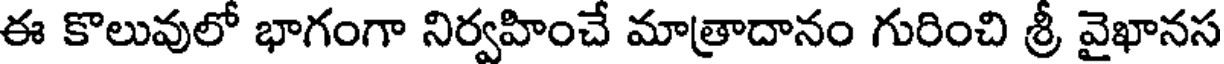
ఈ కొలువులో భాగంగా నిర్వహించే మాత్రాదానం గురించి శ్రీ వైఖానస